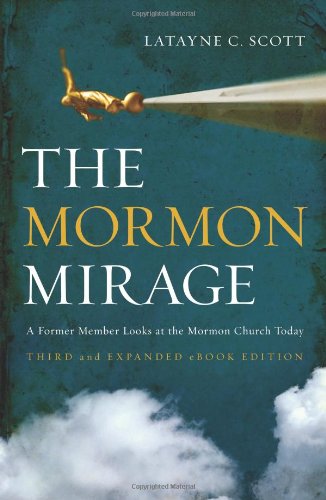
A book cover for The Mormon Mirage: A Former Member Looks at the Mormon Church Today; Latayne C. Scott; Religion & Spirituality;